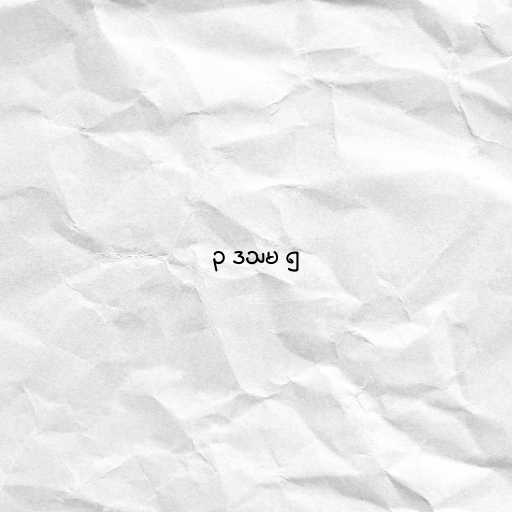
၃ ဒသမ ၅